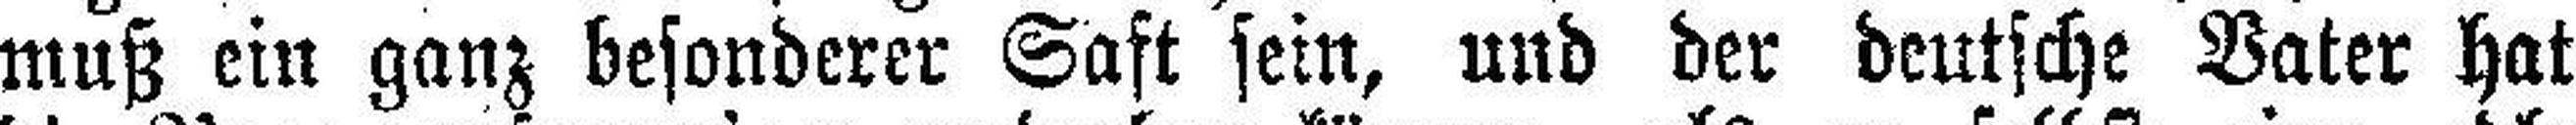
muß ein ganz besonderer Saft sein, und der deutsche Vater hat